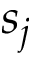
s _ { j }